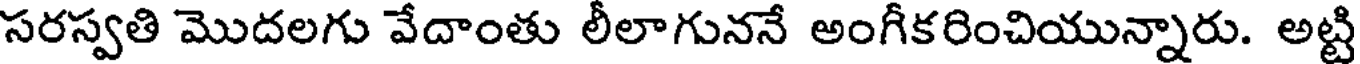
సరస్వతి మొదలగు వేదాంతు లీలాగుననే అంగీకరించియున్నారు. అట్టి